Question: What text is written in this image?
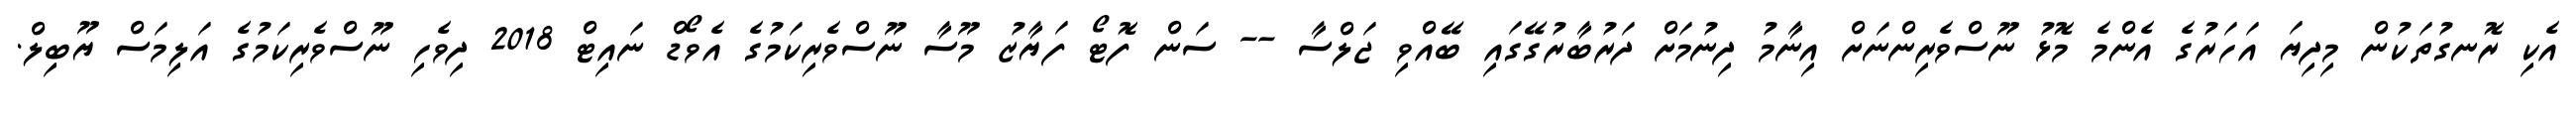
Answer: އެކި ރޮނގުތަކުން މިދިޔަ އަހަރުގެ އެންމެ މޮޅު ނޫސްވެރިންނަށް އިނާމު ދިނުމަށް ދަރުބާރުގޭގައި ބޭއްވި ޖަލްސާ -- ސަން ފޮޓޯ ފަޔާޒު މޫސާ ނޫސްވެރިކަމުގެ އެވޯޑް ނައިޓް 2018 ދިވެހި ނޫސްވެރިކަމުގެ އަލިމަސް ޔޫބިލް.